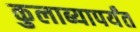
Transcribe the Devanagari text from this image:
कुलाब्यापर्यंत